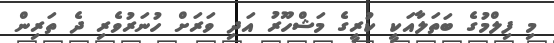
މި ފިލްމުގެ ބަތަލާއަކީ ކުރީގެ މަޝްހޫރު އަދި ވަރަށް ހުނަރުވެރި ދެ ތަރިން